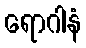
ရောဂါနံ